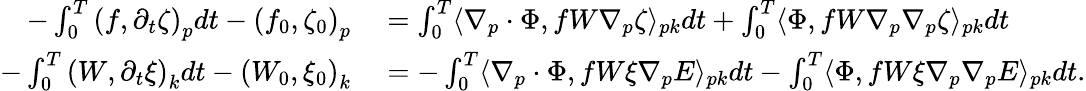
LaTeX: \begin{array}{rl}{-\int_{0}^{T}\left(f,\partial_{t}\zeta\right)_{p}dt-\left(f_{0},\zeta_{0}\right)_{p}}&{{}=\int_{0}^{T}\langle\nabla_{p}\cdot\Phi,fW\nabla_{p}\zeta\rangle_{pk}dt+\int_{0}^{T}\langle\Phi,fW\nabla_{p}\nabla_{p}\zeta\rangle_{pk}dt}\\ {-\int_{0}^{T}\left(W,\partial_{t}\xi\right)_{k}dt-\left(W_{0},\xi_{0}\right)_{k}}&{{}=-\int_{0}^{T}\langle\nabla_{p}\cdot\Phi,fW\xi\nabla_{p}E\rangle_{pk}dt-\int_{0}^{T}\langle\Phi,fW\xi\nabla_{p}\nabla_{p}E\rangle_{pk}dt.}\end{array}